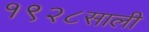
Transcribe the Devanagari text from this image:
१९२८साली